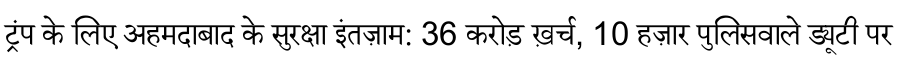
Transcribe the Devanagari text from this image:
ट्रंप के लिए अहमदाबाद के सुरक्षा इंतज़ाम: 36 करोड़ ख़र्च, 10 हज़ार पुलिसवाले ड्यूटी पर